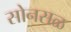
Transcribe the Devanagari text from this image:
सोनसळ